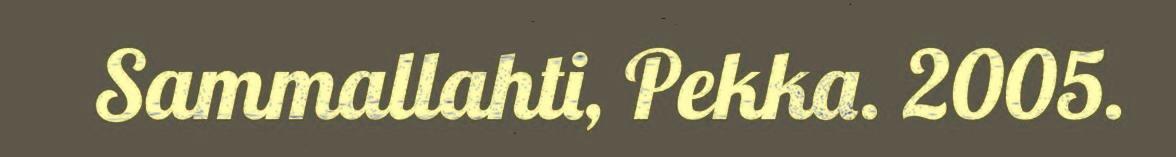
Sammallahti, Pekka. 2005.